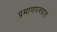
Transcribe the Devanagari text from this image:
प्रमाणपत्रदाता